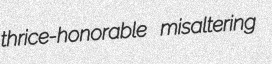
thrice-honorable misaltering